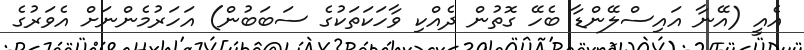
އެއީ (އޭނާ އައިސްލޭންޑާ ބެހޭ ގޮތުން ދެއްކި ވާހަކަތަކުގެ ސަބަބުން) އަހަރުމެންނަށް އެވަރުގެ